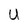
Character: U